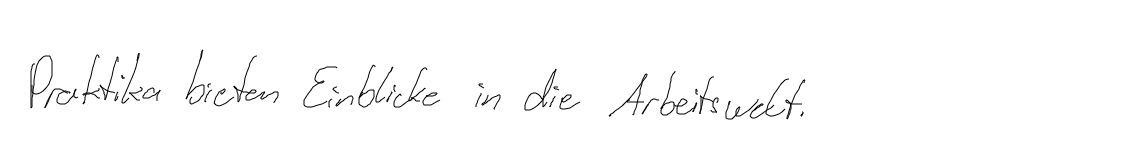
Praktika bieten Einblicke in die Arbeitswelt.